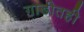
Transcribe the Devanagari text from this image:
गाडीतही